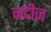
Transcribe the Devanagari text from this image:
नदीज